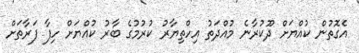
އެގޮތުން ކުއްޔަށް ދޫކުރާނެ މުއްދަތު އިހްތިޔާރު ކުރުމުގެ ބާރު ކުއްޔަށް ހިފާ ފަރާތަށް